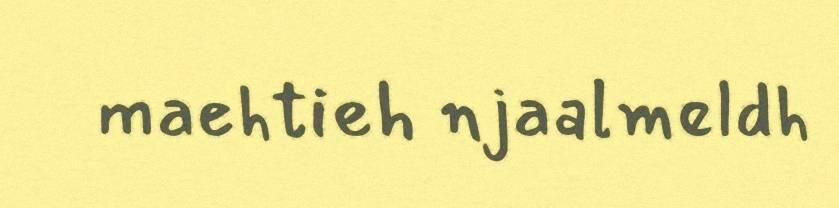
maehtieh njaalmeldh